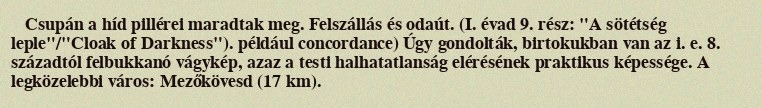
Csupán a híd pillérei maradtak meg. Felszállás és odaút. (I. évad 9. rész: "A sötétség leple"/"Cloak of Darkness"). például concordance) Úgy gondolták, birtokukban van az i. e. 8. századtól felbukkanó vágykép, azaz a testi halhatatlanság elérésének praktikus képessége. A legközelebbi város: Mezőkövesd (17 km).